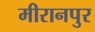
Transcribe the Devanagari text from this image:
मीरानपुर